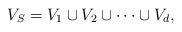
LaTeX: \begin{align*}V_S = V_1 \cup V_2 \cup \dots \cup V_d,\end{align*}